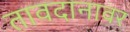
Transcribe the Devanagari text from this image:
तावदानावर